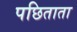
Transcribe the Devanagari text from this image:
पछिताता